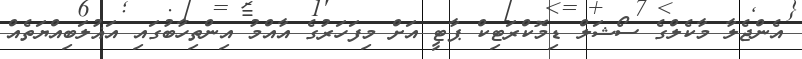
އެންޖެލާ މާކެލްގެ ސޯޝަލް ޑިމޮކްރަޓިކް ޕާޓީ އަށް މިފަހަރުގެ އާއްމު އިންތިހާބުގައި އަޣުލަބިއްޔަތެއް